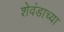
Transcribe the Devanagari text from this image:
शेवंडाच्या